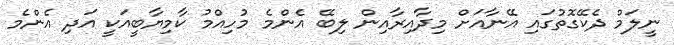
ނީލަމް ދެކޭގޮތުގައި އޭނާއަށް މިދާއިރާއިން ލިބޭ އެންމެ މުހިއްމު ކާމިޔާބީއަކީ އަދި އެންމެ